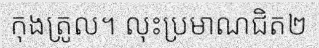
កុងត្រូល។ លុះប្រមាណជិត២